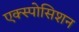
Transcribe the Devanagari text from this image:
एक्स्पोसिशन